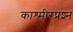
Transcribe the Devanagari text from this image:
काश्‍मीरप्रश्‍न